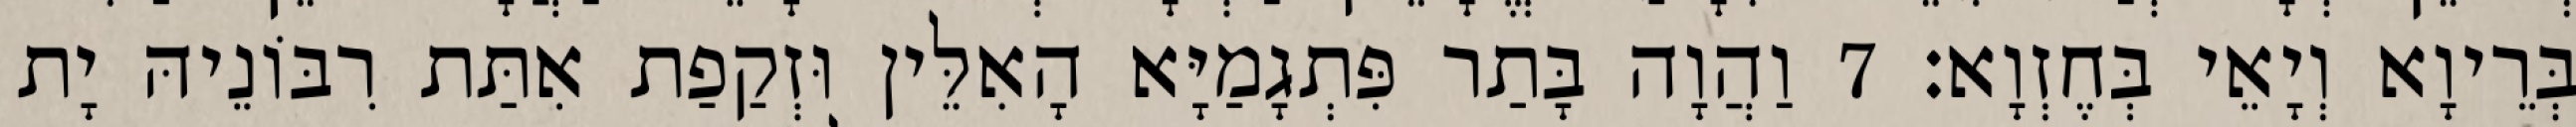
בְּרֵיוָא וְיָאֵי בְּחֶזְוָא׃ 7 וַהֲוָה בָּתַר פִּתְגָמַיָּא הָאִלֵּין וּזְקַפַת אִתַּת רִבּוֹנֵיהּ יָת